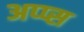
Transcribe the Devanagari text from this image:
अप्प्स